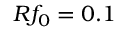
R f _ { 0 } = 0 . 1